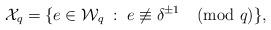
LaTeX: \begin{align*}\mathcal{X}_q=\{e \in \mathcal{W}_q \; : \; e \not\equiv \delta^{\pm 1} \pmod{q}\},\end{align*}